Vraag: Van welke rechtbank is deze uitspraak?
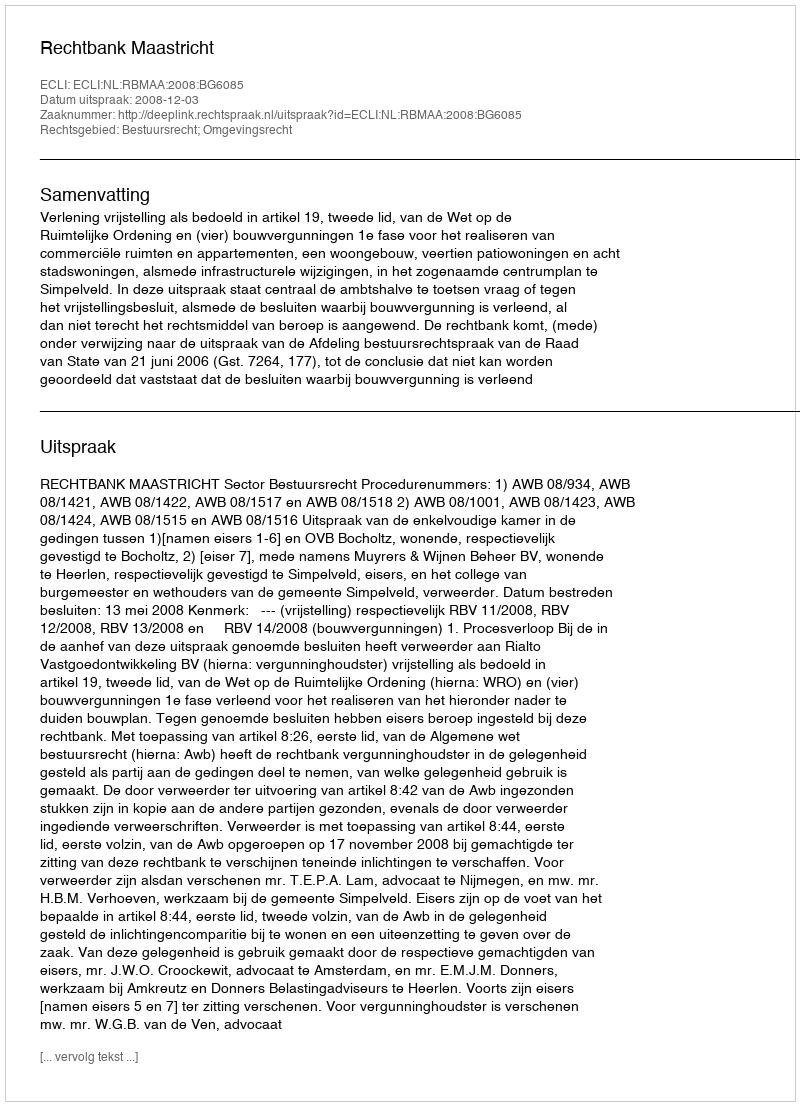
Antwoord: Rechtbank Maastricht